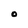
Character: O